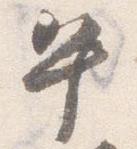
午